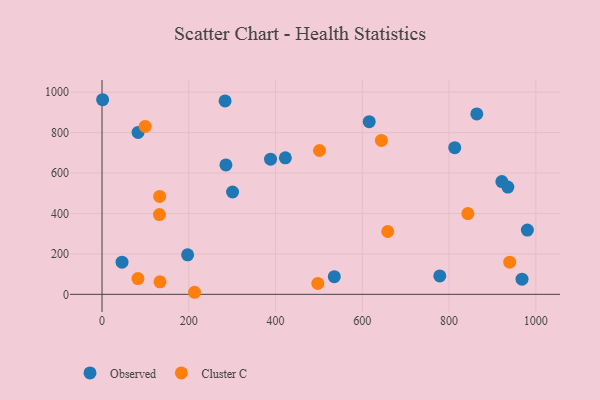
{"axis": {"x": "Study Hours", "y": "Exam Score"}, "legend": ["Cluster C", "Observed"], "data": [{"x": "535.4", "y": 87.5, "type": "Observed"}, {"x": "422.6", "y": 675.3, "type": "Observed"}, {"x": "935.5", "y": 530.3, "type": "Observed"}, {"x": "388.5", "y": 668.3, "type": "Observed"}, {"x": "83.1", "y": 800.9, "type": "Observed"}, {"x": "778.6", "y": 91.2, "type": "Observed"}, {"x": "197.3", "y": 195.4, "type": "Observed"}, {"x": "283.7", "y": 956.3, "type": "Observed"}, {"x": "863.9", "y": 892.4, "type": "Observed"}, {"x": "813.1", "y": 725.1, "type": "Observed"}, {"x": "980.5", "y": 317.9, "type": "Observed"}, {"x": "615.9", "y": 853.9, "type": "Observed"}, {"x": "300.9", "y": 506.2, "type": "Observed"}, {"x": "921.7", "y": 557.4, "type": "Observed"}, {"x": "285.6", "y": 640.2, "type": "Observed"}, {"x": "968.1", "y": 75.2, "type": "Observed"}, {"x": "46.1", "y": 159.1, "type": "Observed"}, {"x": "1.4", "y": 962.4, "type": "Observed"}, {"x": "82.8", "y": 78.1, "type": "Cluster C"}, {"x": "843.3", "y": 399.5, "type": "Cluster C"}, {"x": "133.6", "y": 61.8, "type": "Cluster C"}, {"x": "132.4", "y": 394.6, "type": "Cluster C"}, {"x": "497.4", "y": 54.0, "type": "Cluster C"}, {"x": "644.0", "y": 760.9, "type": "Cluster C"}, {"x": "939.8", "y": 159.1, "type": "Cluster C"}, {"x": "132.8", "y": 484.1, "type": "Cluster C"}, {"x": "658.6", "y": 310.8, "type": "Cluster C"}, {"x": "213.3", "y": 10.2, "type": "Cluster C"}, {"x": "99.5", "y": 830.3, "type": "Cluster C"}, {"x": "501.3", "y": 711.3, "type": "Cluster C"}]}